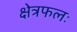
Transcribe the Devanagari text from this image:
क्षेत्रफलः